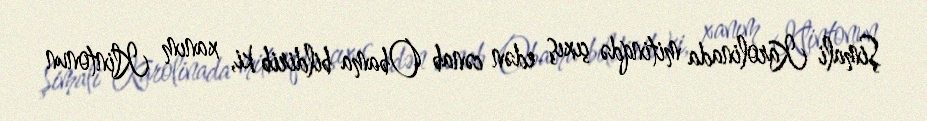
Şimali Karolinada mitinqdə çıxış edən cənab Obama bildirib ki, xanım Klintonun